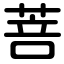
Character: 菩